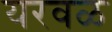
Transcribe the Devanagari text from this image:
यरवळ